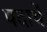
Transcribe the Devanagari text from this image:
पदार्थे